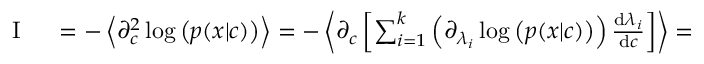
\begin{array} { r l } { \mathrm { ~ I ~ } } & { { } = - \left\langle \partial _ { c } ^ { 2 } \log \left( p ( x | c ) \right) \right\rangle = - \left\langle \partial _ { c } \left[ \sum _ { i = 1 } ^ { k } \left( \partial _ { \lambda _ { i } } \log \left( p ( x | c ) \right) \right) \frac { \mathrm { d } \lambda _ { i } } { \mathrm { d } c } \right] \right\rangle = } \end{array}